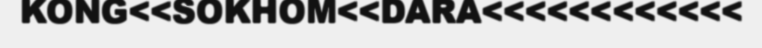
KONG<<SOKHOM<<DARA<<<<<<<<<<<<